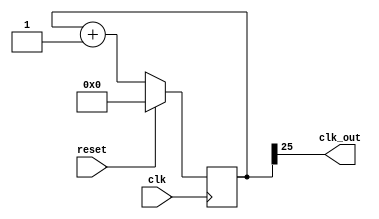
`timescale 1ns / 1ps
//////////////////////////////////////////////////////////////////////////////////
// Company: 
// Engineer: 
// 
// Design Name: 
// Module Name: clk_div_disp
// Project Name: 
// Target Devices: 
// Tool Versions: 
// Description: 
// 
// Dependencies: 
// 
// Revision:
// Revision 0.01 - File Created
// Additional Comments:
// 
//////////////////////////////////////////////////////////////////////////////////


module clk_div_disp(
    input clk,
    input reset,
    output clk_out
    );

reg[25:0] COUNT;

assign clk_out = COUNT[25];

always @(posedge clk) 
begin
    if(reset)
        COUNT = 0;
    else
    COUNT= COUNT+1;
end

endmodule